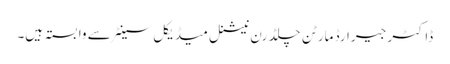
ڈاکٹر جیرارڈ مارٹن چلڈرن نیشنل میڈیکل سینٹر سے وابستہ ہیں۔